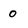
Character: 0